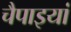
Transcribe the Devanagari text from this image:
चैपाइयां